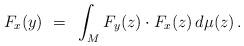
LaTeX: \begin{align*} F_x(y) ~=~ \int_{M} F_y(z) \cdot F_x(z)\, d\mu(z)\,.\end{align*}